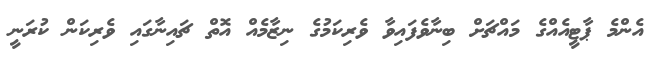
އެންމެ ޕާޓީއެއްގެ މައްޗަށް ބިނާވެފައިވާ ވެރިކަމުގެ ނިޒާމެއް އޮތް ޗައިނާގައި ވެރިކަން ކުރަނީ